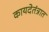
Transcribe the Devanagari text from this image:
कायदेतंत्रात